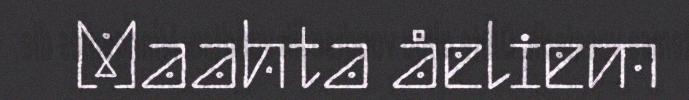
Maahta åeliem